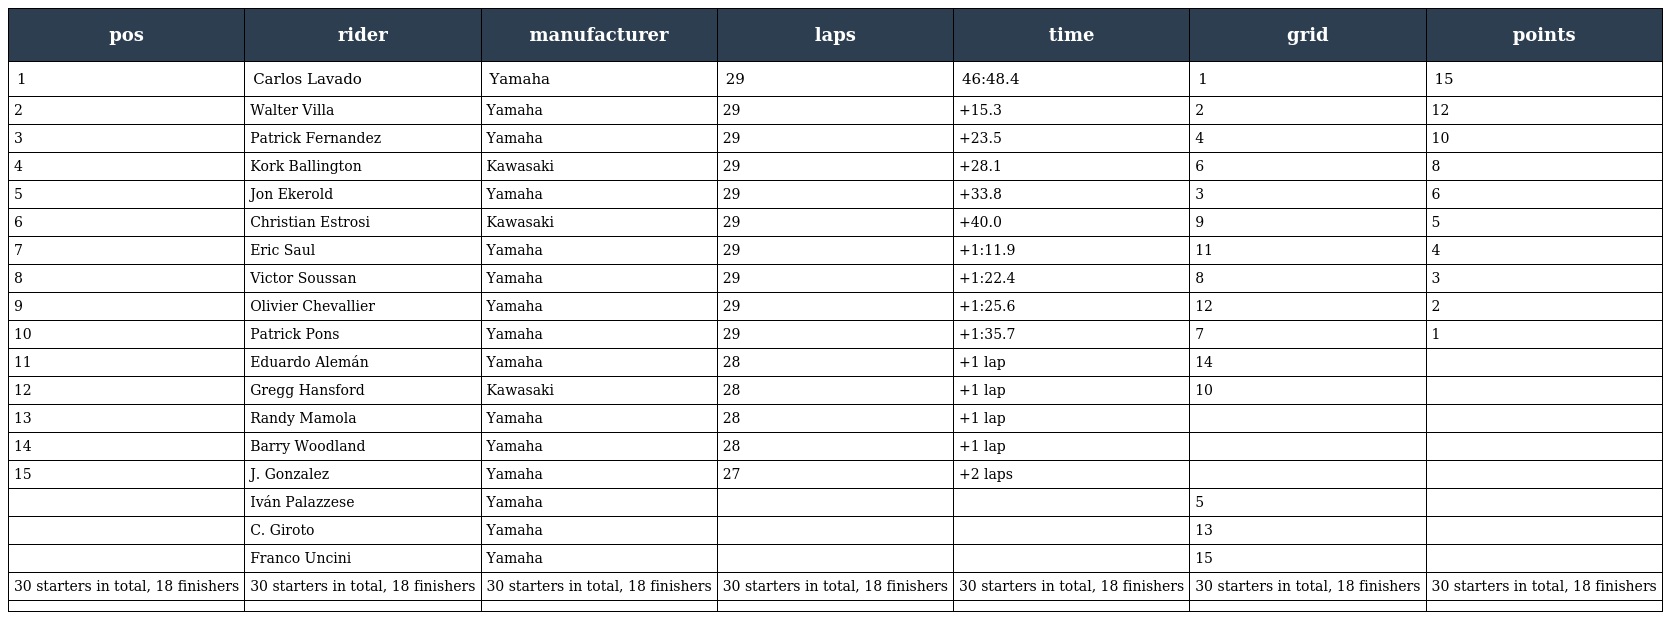
| pos | rider | manufacturer | laps | time | grid | points |
 | --- | --- | --- | --- | --- | --- | --- |
 | 1 | Carlos Lavado | Yamaha | 29 | 46:48.4 | 1 | 15 |
 | 2 | Walter Villa | Yamaha | 29 | +15.3 | 2 | 12 |
 | 3 | Patrick Fernandez | Yamaha | 29 | +23.5 | 4 | 10 |
 | 4 | Kork Ballington | Kawasaki | 29 | +28.1 | 6 | 8 |
 | 5 | Jon Ekerold | Yamaha | 29 | +33.8 | 3 | 6 |
 | 6 | Christian Estrosi | Kawasaki | 29 | +40.0 | 9 | 5 |
 | 7 | Eric Saul | Yamaha | 29 | +1:11.9 | 11 | 4 |
 | 8 | Victor Soussan | Yamaha | 29 | +1:22.4 | 8 | 3 |
 | 9 | Olivier Chevallier | Yamaha | 29 | +1:25.6 | 12 | 2 |
 | 10 | Patrick Pons | Yamaha | 29 | +1:35.7 | 7 | 1 |
 | 11 | Eduardo Alemán | Yamaha | 28 | +1 lap | 14 |  |
 | 12 | Gregg Hansford | Kawasaki | 28 | +1 lap | 10 |  |
 | 13 | Randy Mamola | Yamaha | 28 | +1 lap |  |  |
 | 14 | Barry Woodland | Yamaha | 28 | +1 lap |  |  |
 | 15 | J. Gonzalez | Yamaha | 27 | +2 laps |  |  |
 |  | Iván Palazzese | Yamaha |  |  | 5 |  |
 |  | C. Giroto | Yamaha |  |  | 13 |  |
 |  | Franco Uncini | Yamaha |  |  | 15 |  |
 | 30 starters in total, 18 finishers | 30 starters in total, 18 finishers | 30 starters in total, 18 finishers | 30 starters in total, 18 finishers | 30 starters in total, 18 finishers | 30 starters in total, 18 finishers | 30 starters in total, 18 finishers |
 |  |  |  |  |  |  |  |